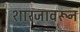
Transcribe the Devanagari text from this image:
शारजावरून